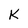
Character: K